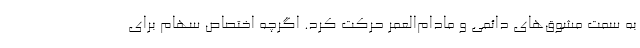
به سمت مشوق‌های دائمی و مادام‌العمر حرکت کرد. اگرچه اختصاص سهام برای